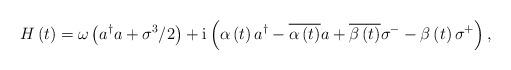
LaTeX: \begin{align*}H \left( t \right) = \omega \left( a^\dagger a +\sigma^{3} / 2 \right) + \mathrm{i} \left( \alpha \left( t \right) a^\dagger - \overline{\alpha \left( t \right)} a + \overline{\beta \left( t \right) } \sigma^{-} - \beta \left( t \right) \sigma^+ \right),\end{align*}